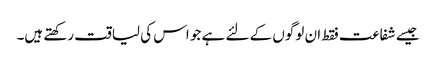
جیسے شفاعت فقط ان لوگوں کے لئے ہے جو اس کی لیاقت رکھتے ہیں۔